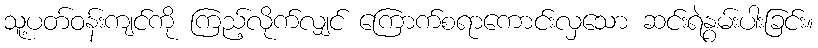
သူ့ပတ်ဝန်းကျင်ကို ကြည့်လိုက်လျှင် ကြောက်စရာကောင်းလှသော ဆင်းရဲနွမ်းပါးခြင်း။